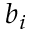
b _ { i }